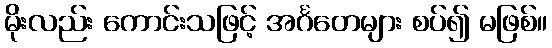
မိုးလည်း ကောင်းသဖြင့် အင်္ဂတေများ စပ်၍ မဖြစ်။